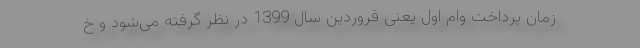
زمان پرداخت وام اول یعنی فروردین سال 1399 در نظر گرفته می‌شود و خ